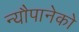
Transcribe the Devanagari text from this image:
न्यौपानेको